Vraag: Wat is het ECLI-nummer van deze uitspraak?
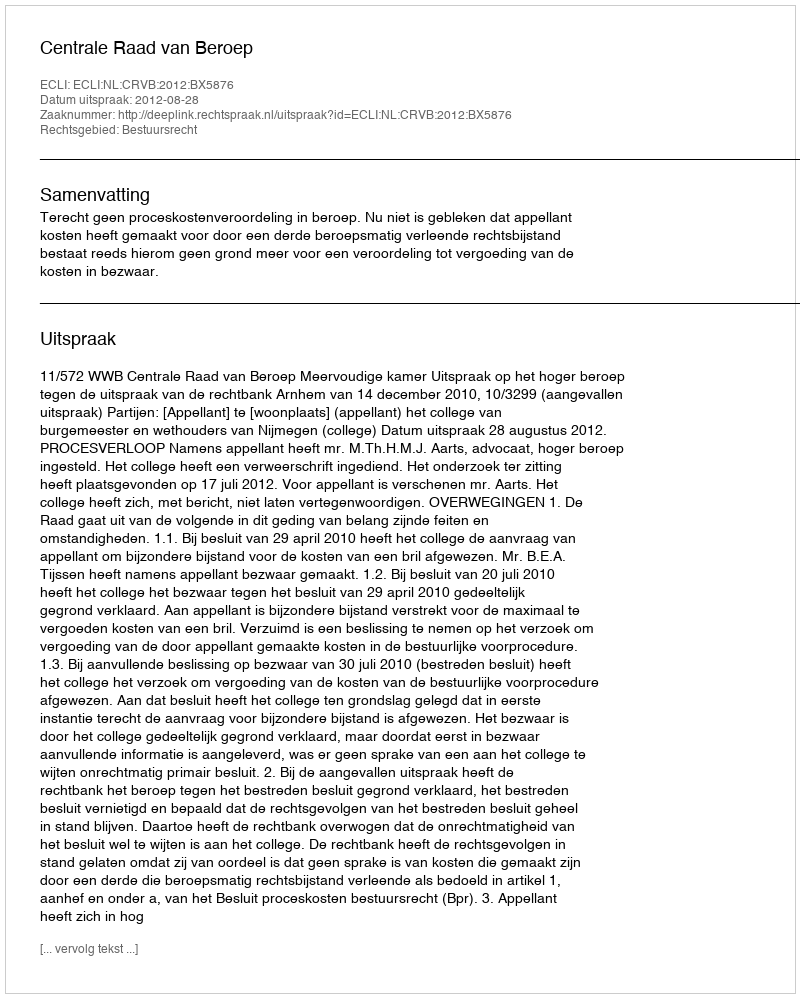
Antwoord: ECLI:NL:CRVB:2012:BX5876